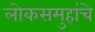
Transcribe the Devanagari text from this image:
लोकसमुहांचे